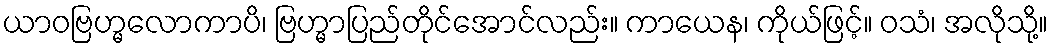
ယာဝဗြဟ္မလောကာပိ၊ ဗြဟ္မာပြည်တိုင်အောင်လည်း။ ကာယေန၊ ကိုယ်ဖြင့်။ ဝသံ၊ အလိုသို့။